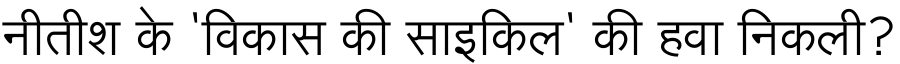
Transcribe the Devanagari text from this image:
नीतीश के 'विकास की साइकिल' की हवा निकली?